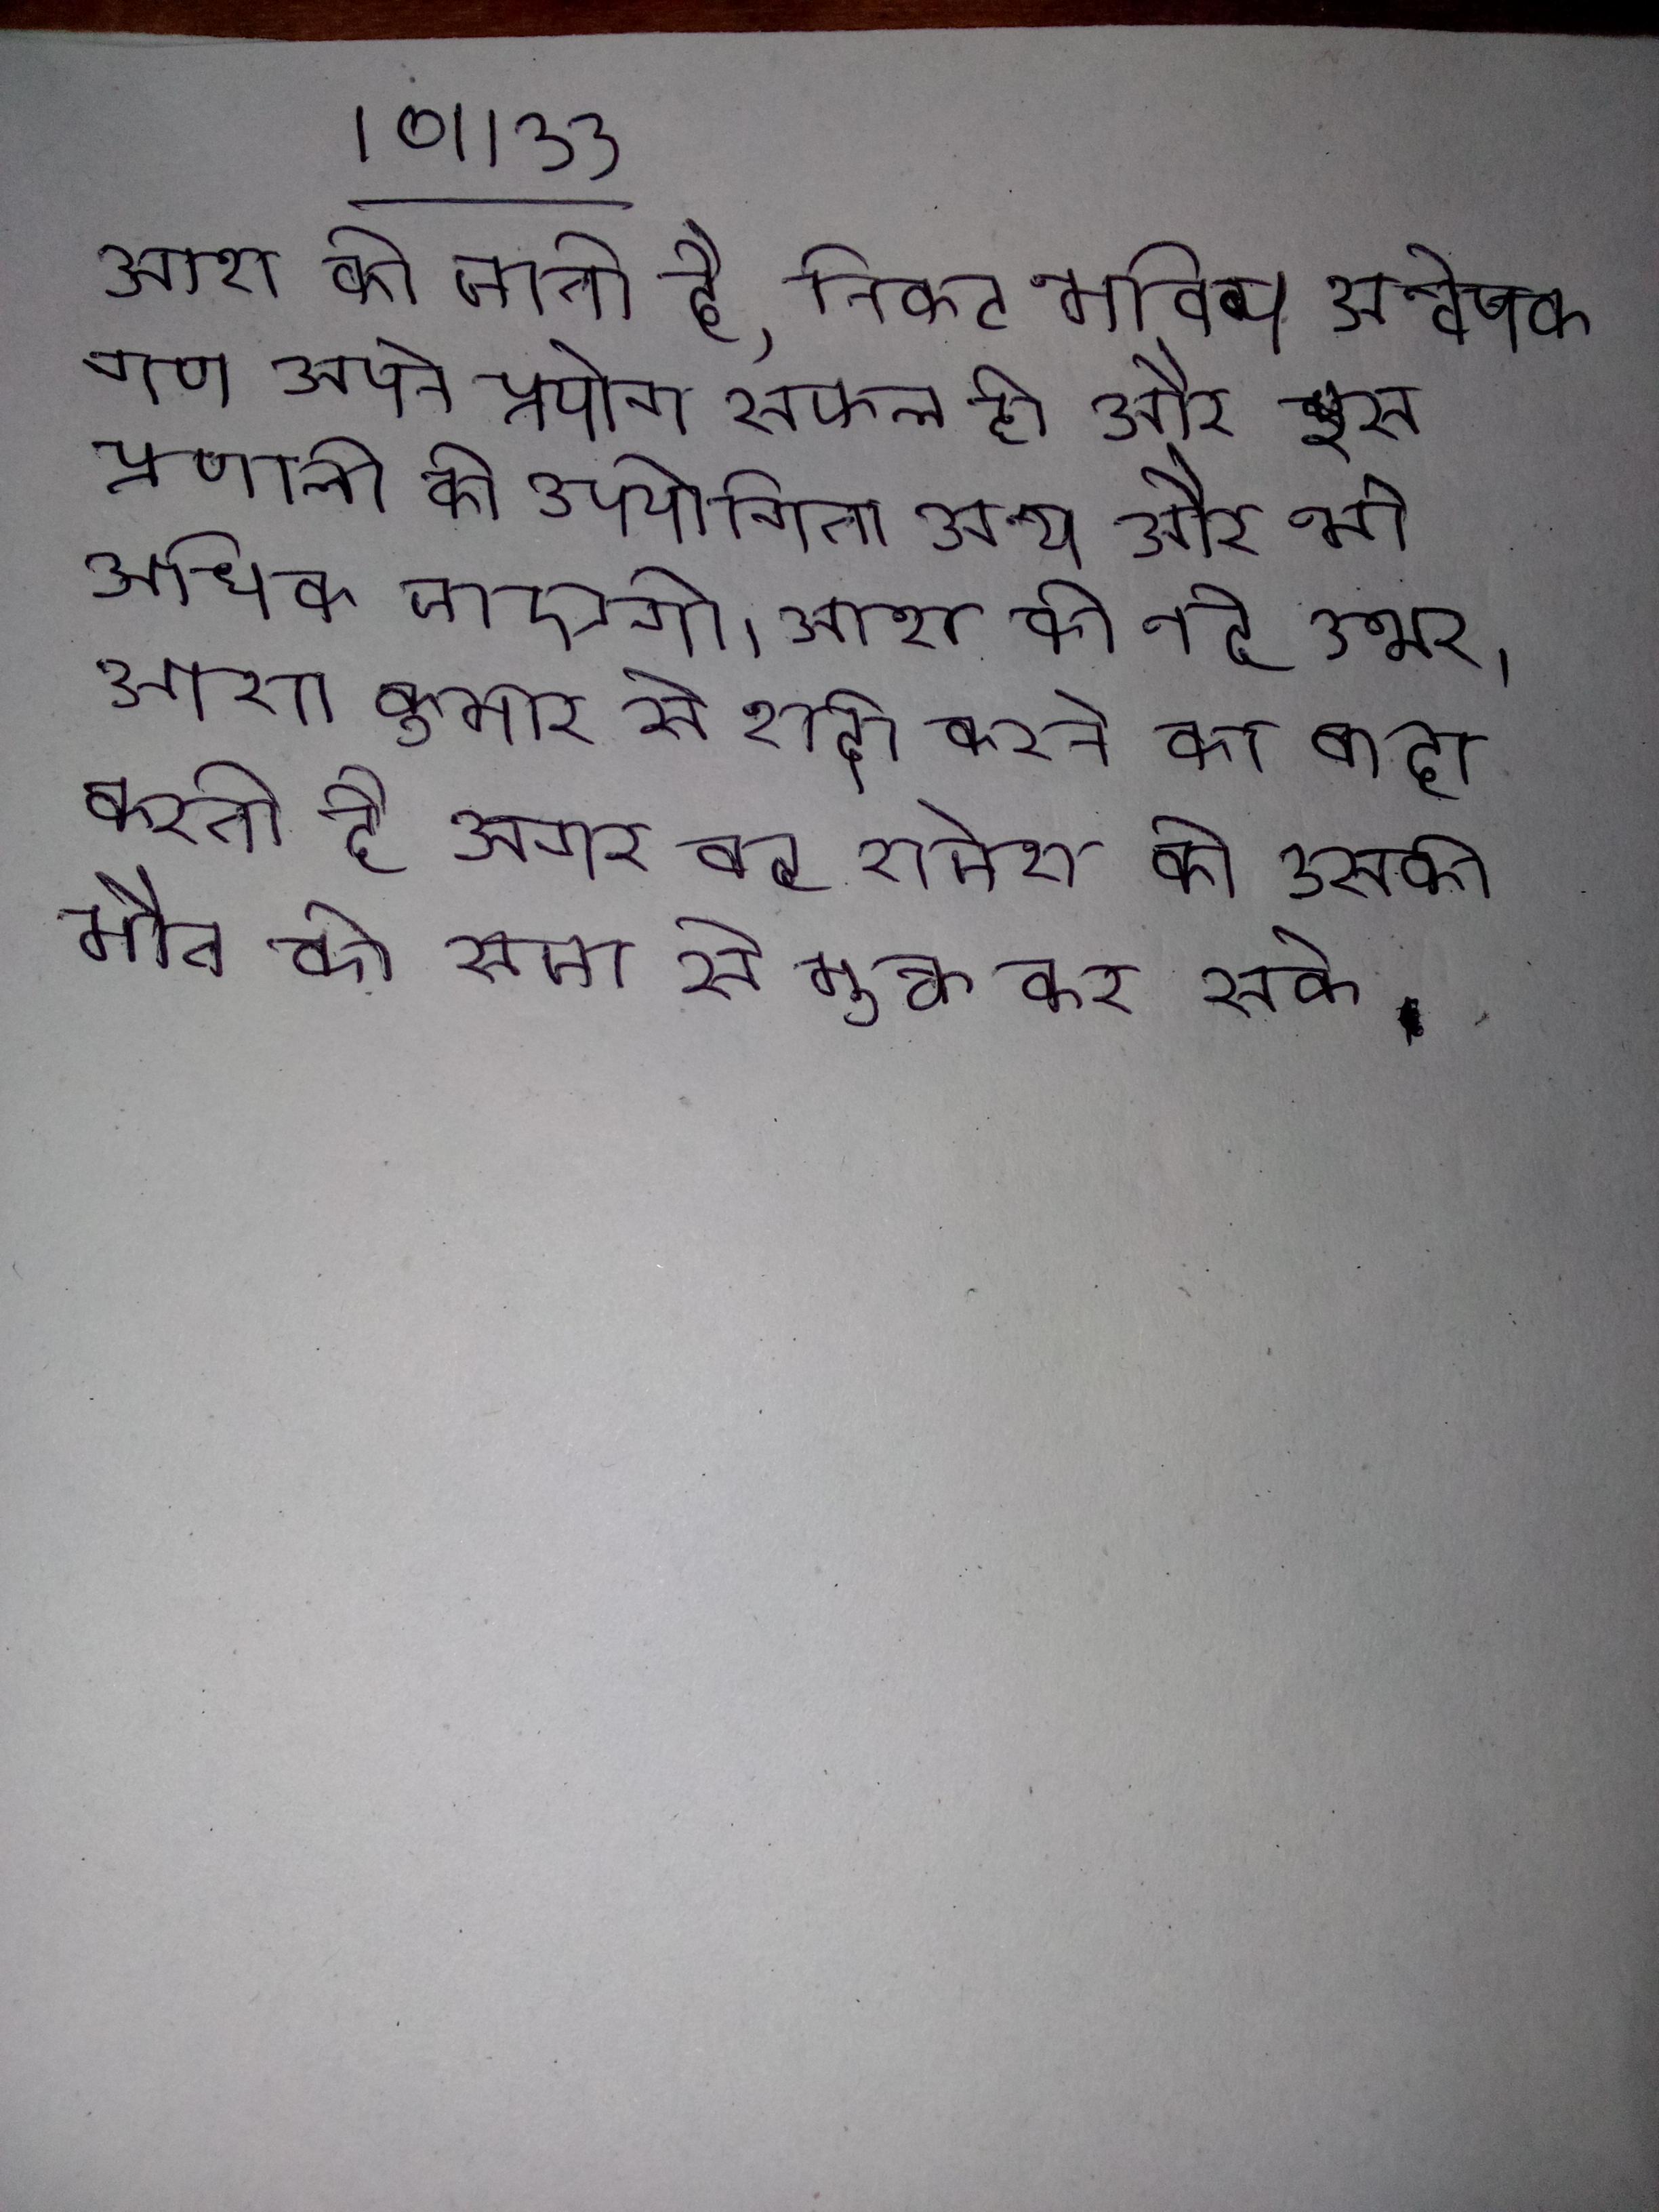
आशा की जाती है, निकट भविष्य अन्वेषक गण अपने प्रयोग सफल हो और इस प्रणाली की उपयोगिता अन्य और भी अधिक जाएगी । आशा की नई उभर । आशा कुमार से शादी करने का वादा करती है अगर वह राजेश को उसकी मौत की सजा से मुक्त कर सके .